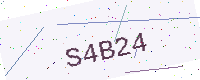
Text: S4B24